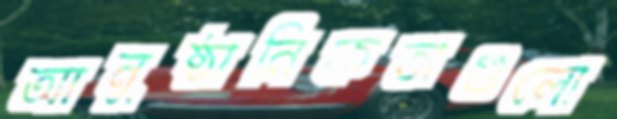
আনুষ্ঠানিকতাগুলো